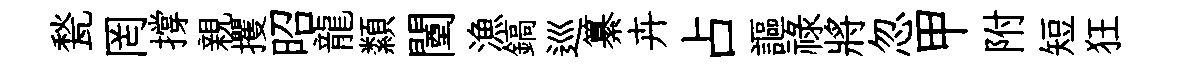
甃罔撐親攫昭龍纇闉漁鎬巡纂卉占謳祿將忽甲附短狂